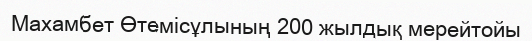
Махамбет Өтемісұлының 200 жылдық мерейтойы